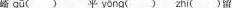
崎 qū ()平 yōng () zhì ()留